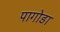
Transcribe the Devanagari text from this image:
पागोडा